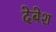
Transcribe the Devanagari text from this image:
देबेश